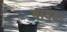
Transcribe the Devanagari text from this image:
बावटा